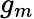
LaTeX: g_{m}